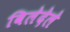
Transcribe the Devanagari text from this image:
विलेदेले